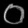
Digit: ၀